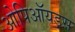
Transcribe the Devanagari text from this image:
ओपिऑयड्स